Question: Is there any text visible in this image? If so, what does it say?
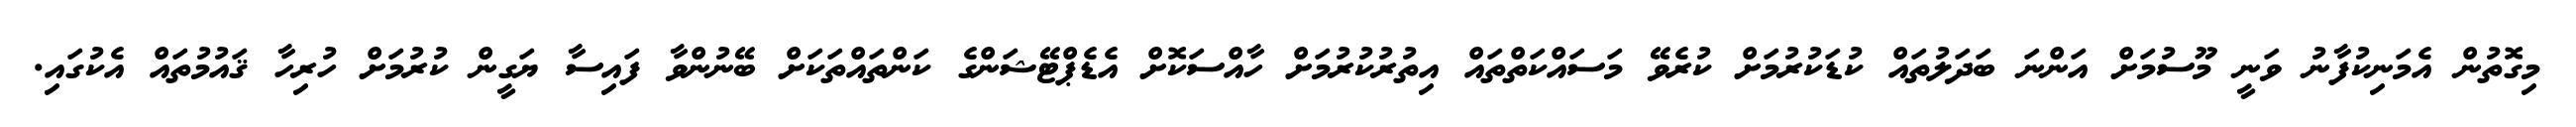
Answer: މިގޮތުން އެމަނިކުފާނު ވަނީ މޫސުމަށް އަންނަ ބަދަލުތައް ކުޑަކުރުމަށް ކުރެވޭ މަސައްކަތްތައް އިތުރުކުރުމަށް ހާއްސަކޮށް އެޑެޕްޓޭޝަންގެ ކަންތައްތަކަށް ބޭނުންވާ ފައިސާ ޔަގީން ކުރުމަށް ހުރިހާ ޤައުމުތައް އެކުގައި.